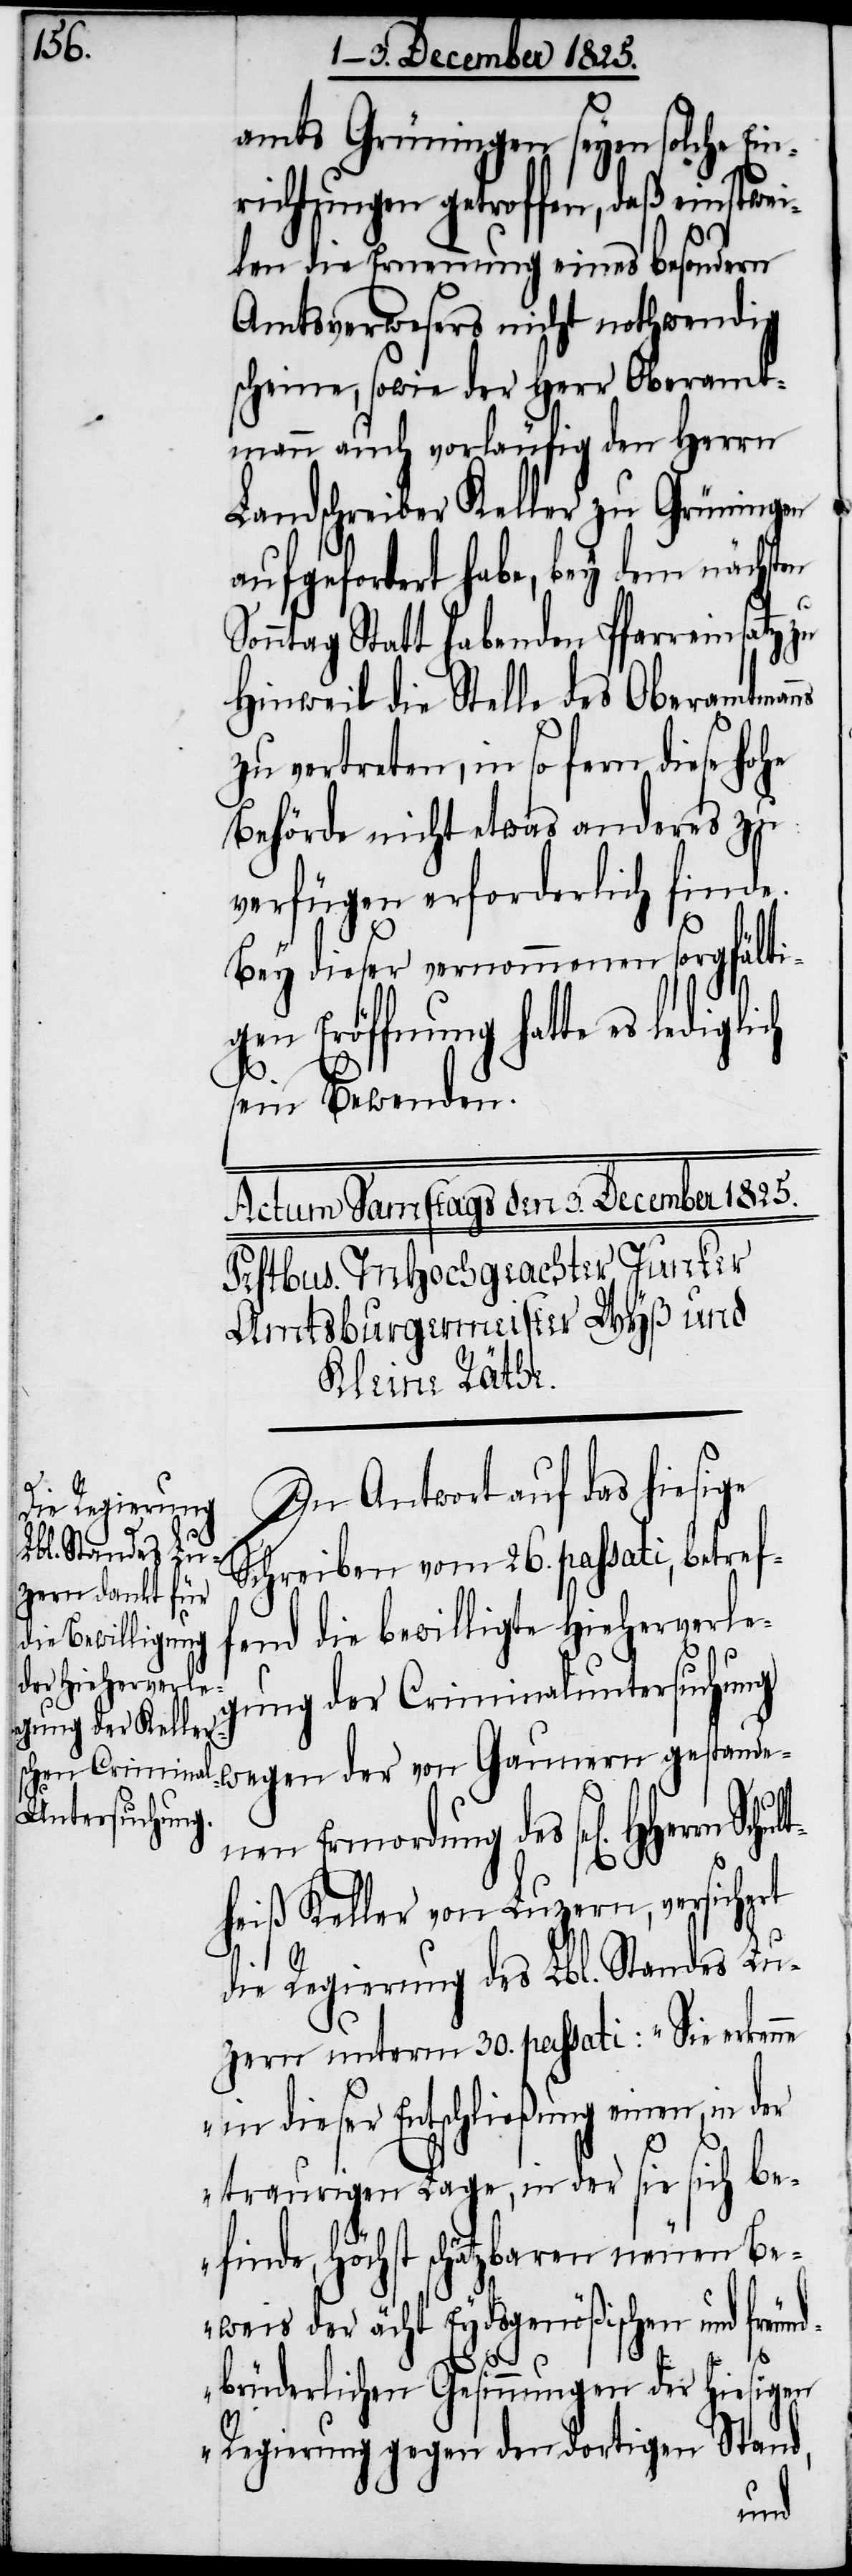
amts Grüningen seyen solche Ei¬
nrichtungen getroffen, daß einstwei¬
ns
len die Ernennung eines besondern
Amtsverwesers nicht nothwendig
scheine, sowie der Herr Oberamt¬
mann auch vorläufig den Herrn
Landschreiber Keller zu Grüningen
aufgefordert habe, bey dem nächsten
rrn
Sonntag Statt habenden Pfarreinsatz zu
Hinweil die Stelle des Oberamtman¬
zu vertreten, in so fern diese ho¬
Behörde nicht etwas anderes zu
verfügen erforderlich finde.
Bey dieser vernommenen sorgfälti¬
gen Eröffnung hatte es lediglich
sein Bewenden.
In Antwort auf das hiesige
Schreiben vom 26. passati, betref¬
fend die bewilligte Hieherverleg¬
ung der Criminaluntersuchung
wegen der von Gaunern gestande¬
nen Ermordung des sel[igen] HHe¬
heiß Keller von Luzern, versichert
die Regierung des Lbl. Standes Lu¬
zern unterm 30. passati: „Sie erkenne
in dieser Entschließung einen, in der
traurigen Lage, in der sie sich be¬
finde, höchst schätzbaren neuen Be¬
weis der ächt Eydsgenößischen und freund¬
brüderlichen Gesinnungen der hiesigen
Stand,
Regierung gegen den dortigen